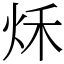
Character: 秌